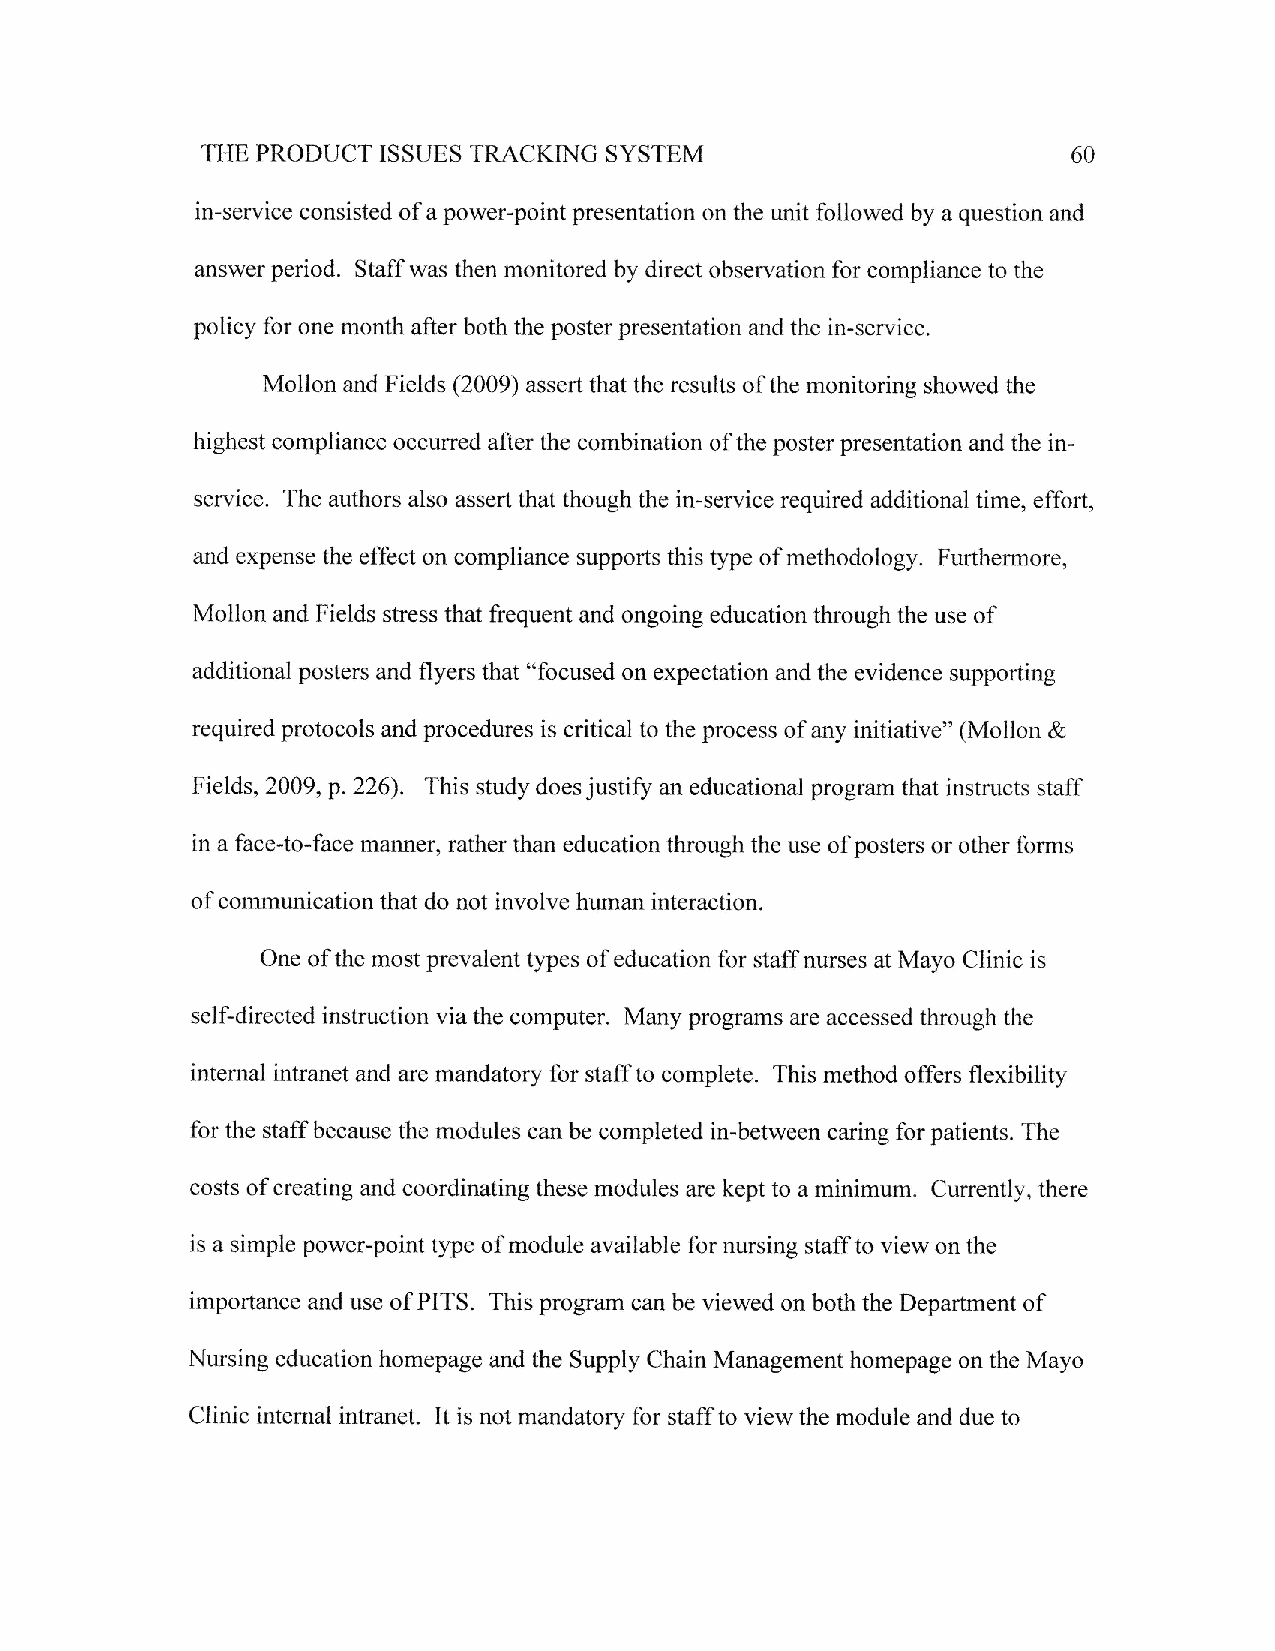
SYSTEM
 THE PRODUCT ISSUES TRACKTNG                               60
 in-service consisted of a power-point presentation on the unit followed by a question and
 answer period. Staff was then monitored by direct observation for compliance to the
 policy for one month after both the poster presentation and the in-service.
 Mollon and F ields (2009) assert that the results of the monitoring showed the
 highest compliance occurred after the combination of the poster presentation and the in-
 service. The authors also assert that though the in-service required additional time, effort,
 and expense the effect on compliance supports this type of methodology. Furthermore,
 Mollon and Fields stress that frequent and ongoing education through the use of
 additional posters and flyers that "focused on expectation and the evidence supporting
 required protocols and procedures is critical to the process of any initiative" (Mollon &
 Fields, 2009, p.226). This study does justify an educational program that instructs staff
 in a face-to-face manner, rather than education through the use of posters or other forms
 of communication that do not involve human interaction.
 One of the most prevalent types of education for staff nurses at Mayo Clinic is
 self-directed instruction via the computer. Many programs are accessed through the
 internal intranet and are mandatory for staff to complete. This method offers flexibility
 for the staff because the modules can be completed in-between caring for patients. The
 costs of creating and coordinating these modnles are kept to a minimum. Currently, there
 is a simple power-point type of module available for nursing staff to view on the
 importance and use of PITS. This program can be viewed on both the Department of
 Nursing education homepage and the Supply Chain Management homepage on the Mayo
 Clinic internal intranet. It is not mandatory for staff to viewthe module and due to